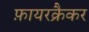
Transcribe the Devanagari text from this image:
फ़ायरक्रैकर